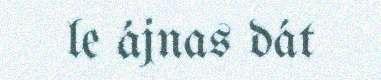
le ájnas dát